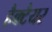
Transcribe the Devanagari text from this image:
हैक्टैयर